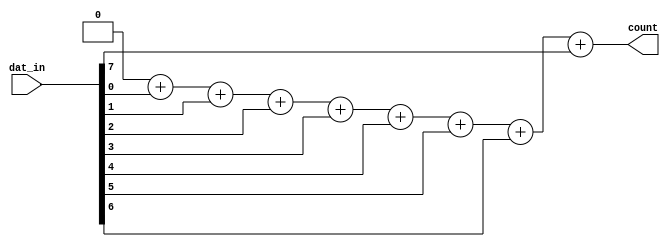

module ones_count(count, dat_in);

    output reg [3:0] count;
    input [7:0] dat_in;

    parameter STEP = 8;
    integer k;

    always @ ( dat_in ) begin
        count = 4'b0;
        for ( k=0; k<STEP; k=k+1 )
            count = count + dat_in[k];
    end

endmodule